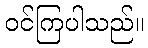
ဝင်ကြပါသည်။